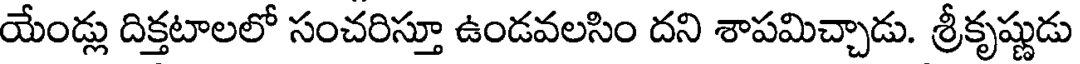
యేండ్లు దిక్తటాలలో సంచరిస్తూ ఉండవలసిం దని శాపమిచ్చాడు. శ్రీకృష్ణుడు